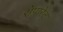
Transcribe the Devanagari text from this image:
सेपारेट